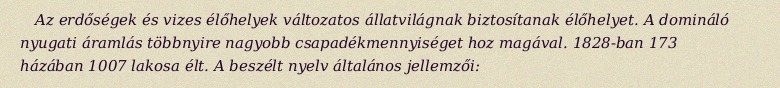
Az erdőségek és vizes élőhelyek változatos állatvilágnak biztosítanak élőhelyet. A domináló nyugati áramlás többnyire nagyobb csapadékmennyiséget hoz magával. 1828-ban 173 házában 1007 lakosa élt. A beszélt nyelv általános jellemzői: